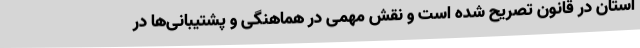
استان در قانون تصریح شده است و نقش مهمی در هماهنگی و پشتیبانی‌ها در